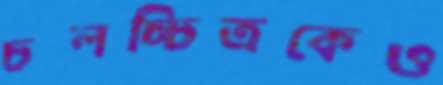
চলচ্চিত্রকেও